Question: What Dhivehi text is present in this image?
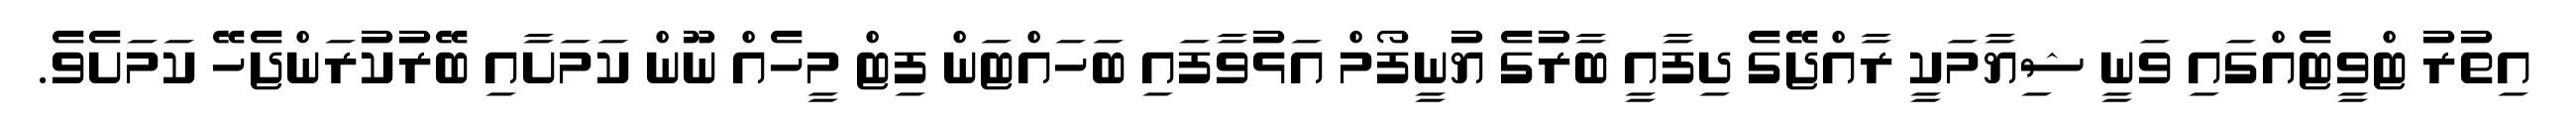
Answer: އިތުރު ޓްވީޓެއްގައި ވަނީ ޝިޔާމަކީ ރާއްޖޭގެ ދިފާއީ ބާރުގެ ޔުނީފޯމް އަޅުވާފައި ބަހައްޓަން ފިޓް މީހެއް ނޫން ކަމަށާއި ބޭރުކުރަންޖެހޭ ކަމަށެވެ.